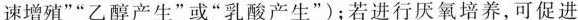
速增殖””乙醇产生”或”乳酸产生”)；若进行厌氧培养，可促进